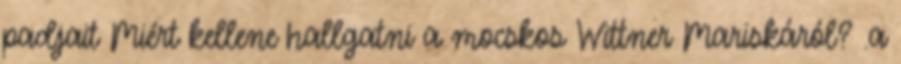
padjait Miért kellene hallgatni a mocskos Wittner Mariskáról? .a